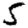
Digit: 5